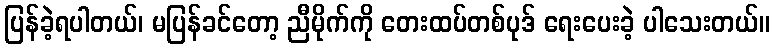
ပြန်ခဲ့ရပါတယ်၊ မပြန်ခင်တော့ ညီမိုက်ကို တေးထပ်တစ်ပုဒ် ရေးပေးခဲ့ ပါသေးတယ်။